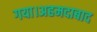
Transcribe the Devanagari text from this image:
गया।अहमदाबाद